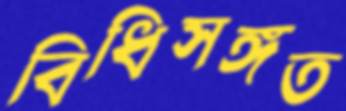
বিধিসঙ্গত